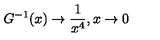
G ^ { - 1 } ( x ) \rightarrow { \frac { 1 } { x ^ { 4 } } } , x \rightarrow 0